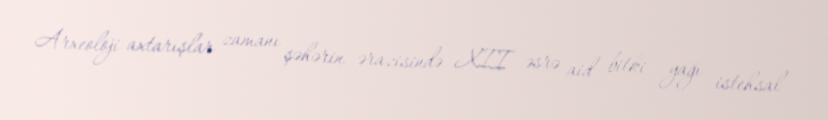
Arxeoloji axtarışlar zamanı şəhərin ərazisində XII əsrə aid bitki yağı istehsal